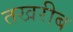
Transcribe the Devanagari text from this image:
तखरीब